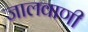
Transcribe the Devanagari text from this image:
जालवाणी